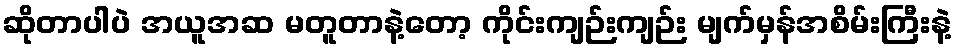
ဆိုတာပါပဲ အယူအဆ မတူတာနဲ့တော့ ကိုင်းကျဉ်းကျဉ်း မျက်မှန်အစိမ်းကြီးနဲ့